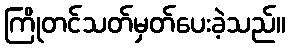
ကြိုတင်သတ်မှတ်ပေးခဲ့သည်။